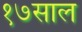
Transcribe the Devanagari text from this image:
१७साल